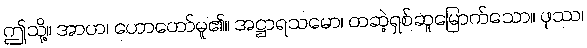
ဤသို့။ အာဟ၊ ဟောတော်မူ၏။ အဋ္ဌာရသမော၊ တဆဲ့ရှစ်ဆူမြောက်သော။ ဖုဿ၊